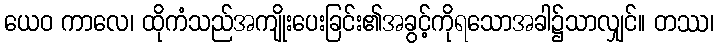
ယေဝ ကာလေ၊ ထိုကံသည်အကျိုးပေးခြင်း၏အခွင့်ကိုရသောအခါ၌သာလျှင်။ တဿ၊